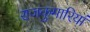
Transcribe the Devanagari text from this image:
राजकुमारियां